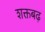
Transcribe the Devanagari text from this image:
शक्तबढ़